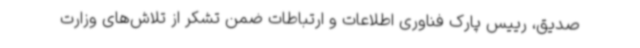
صدیق، رییس پارک فناوری اطلاعات و ارتباطات ضمن تشکر از تلاش‌های وزارت